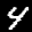
Label: 4